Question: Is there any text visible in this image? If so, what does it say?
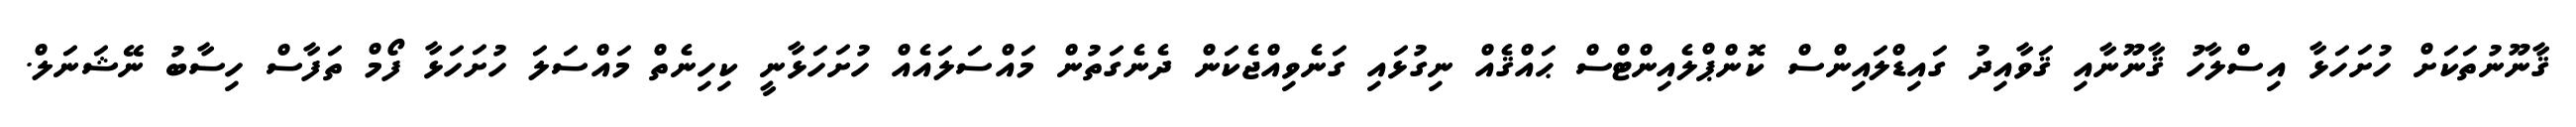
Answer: ޤާނޫނުތަކަށް ހުށަހަޅާ އިސްލާހު ޤާނޫނާއި ޤަވާއިދު ގައިޑްލައިންސް ކޮންޕްލެއިންޓްސް ޙައްޤެއް ނިގުޅައި ގަނެވިއްޖެކަން ދެނެގަތުން މައްސަލައެއް ހުށަހަޅާނީ ކިހިނެތް މައްސަލަ ހުށަހަޅާ ފޯމް ތަފާސް ހިސާބު ނޭޝަނަލް.